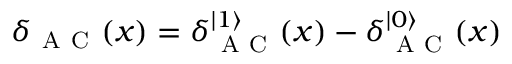
\delta _ { \mathrm { ~ A ~ C ~ } } ( x ) = \delta _ { \mathrm { ~ A ~ C ~ } } ^ { | 1 \rangle } ( x ) - \delta _ { \mathrm { ~ A ~ C ~ } } ^ { | 0 \rangle } ( x )